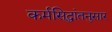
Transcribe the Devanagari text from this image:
कर्मसिद्धांतनुसार